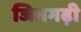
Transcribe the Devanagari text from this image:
जितगढ़ी